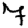
Digit: 7